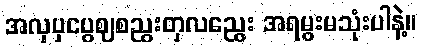
အလှပှငပွဈစညွးတှလညွေး အရမွးမသုံးပါနဲ့။